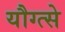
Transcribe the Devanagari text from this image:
यौग्त्से